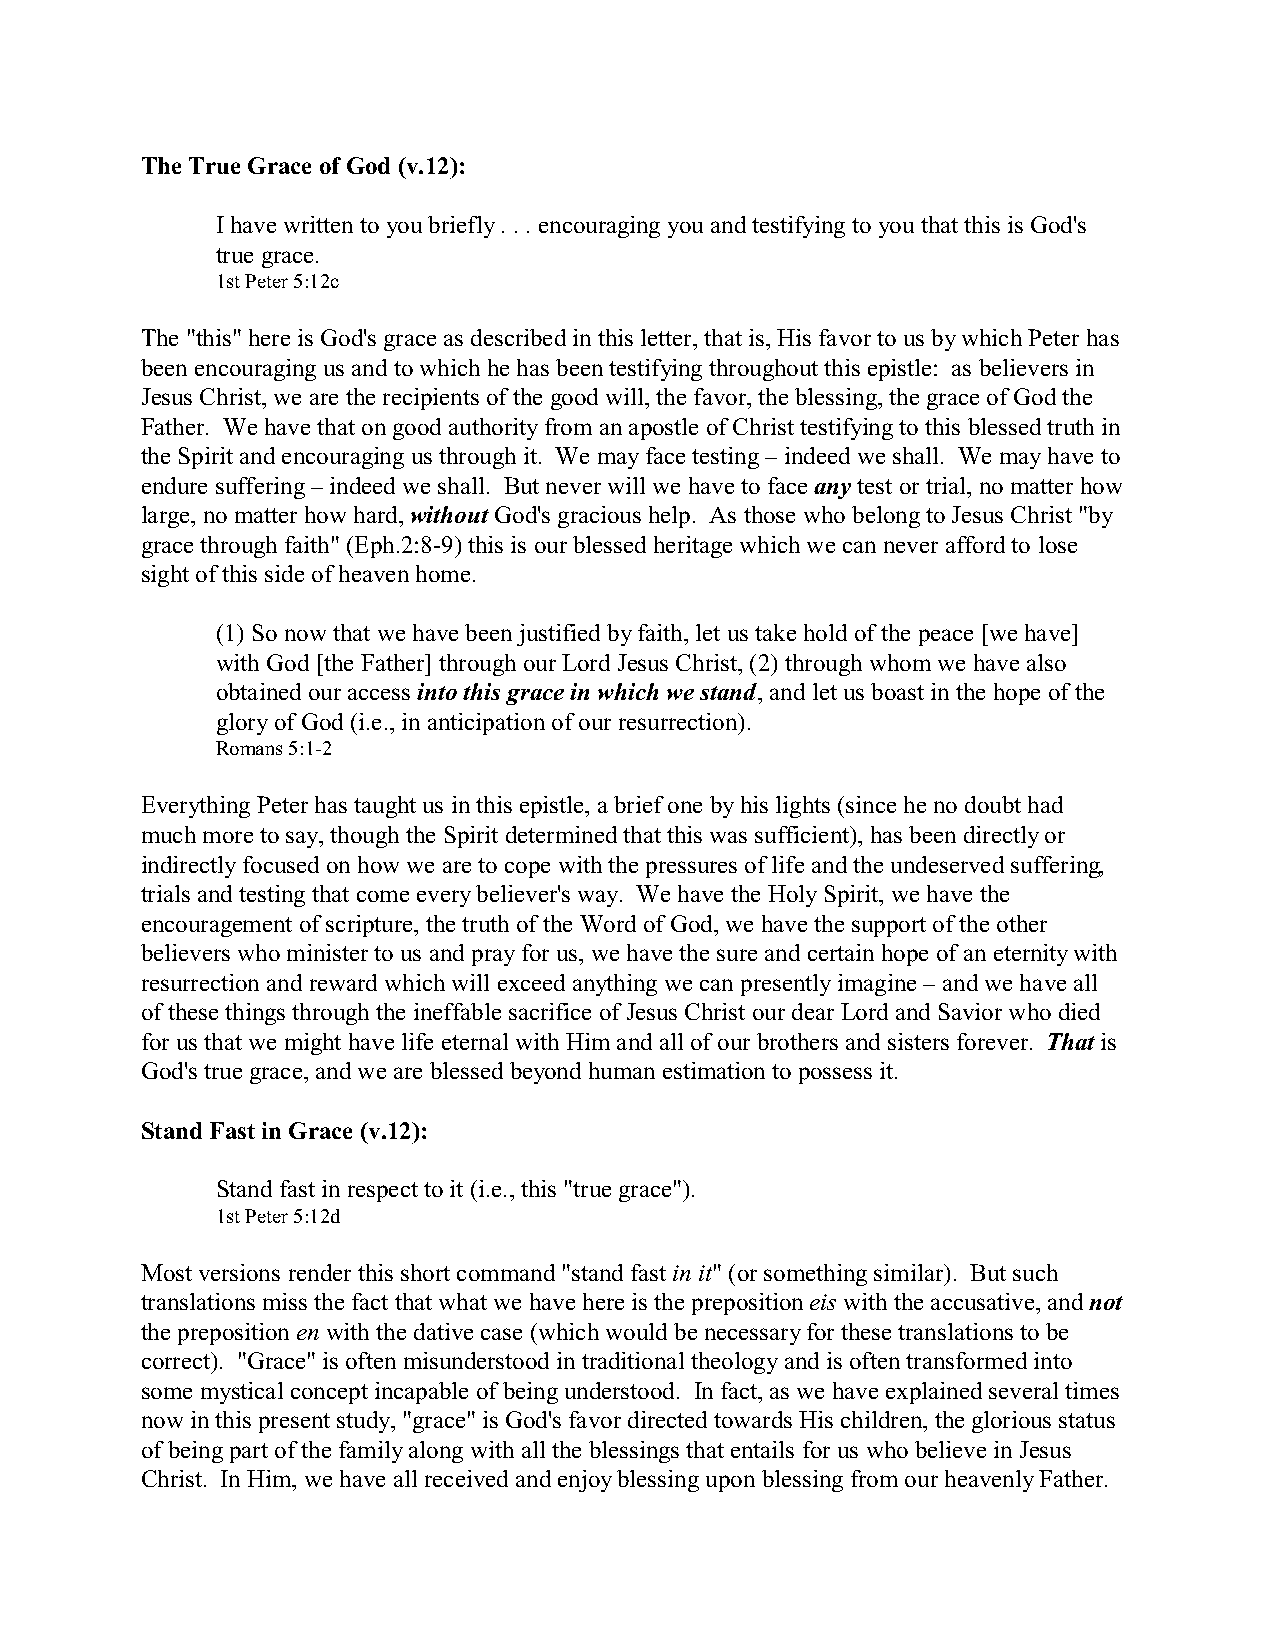
The True Grace of God (v.12):
 I have written to you briefly . . . encouraging you and testifying to you that this is God's
 true grace.
 1st Peter 5:12c
 The "this" here is God's grace as described in this letter, that is, His favor to us by which Peter has
 been encouraging us and to which he has been testifying throughout this epistle: as believers in
 Jesus Christ, we are the recipients of the good will, the favor, the blessing, the grace of God the
 Father. We have that on good authority from an apostle of Christ testifying to this blessed truth in
 the Spirit and encouraging us through it. We may face testing – indeed we shall. We may have to
 endure suffering – indeed we shall. But never will we have to face any test or trial, no matter how
 large, no matter how hard, without God's gracious help. As those who belong to Jesus Christ "by
 grace through faith" (Eph.2:8-9) this is our blessed heritage which we can never afford to lose
 sight of this side of heaven home.
 (1) So now that we have been justified by faith, let us take hold of the peace [we have]
 with God [the Father] through our Lord Jesus Christ, (2) through whom we have also
 obtained our access into this grace in which we stand, and let us boast in the hope of the
 glory of God (i.e., in anticipation of our resurrection).
 Romans 5:1-2
 Everything Peter has taught us in this epistle, a brief one by his lights (since he no doubt had
 much more to say, though the Spirit determined that this was sufficient), has been directly or
 indirectly focused on how we are to cope with the pressures of life and the undeserved suffering,
 trials and testing that come every believer's way. We have the Holy Spirit, we have the
 encouragement of scripture, the truth of the Word of God, we have the support of the other
 believers who minister to us and pray for us, we have the sure and certain hope of an eternity with
 resurrection and reward which will exceed anything we can presently imagine – and we have all
 of these things through the ineffable sacrifice of Jesus Christ our dear Lord and Savior who died
 for us that we might have life eternal with Him and all of our brothers and sisters forever. That is
 God's true grace, and we are blessed beyond human estimation to possess it.
 Stand Fast in Grace (v.12):
 Stand fast in respect to it (i.e., this "true grace").
 1st Peter 5:12d
 Most versions render this short command "stand fast in it" (or something similar). But such
 translations miss the fact that what we have here is the preposition eis with the accusative, and not
 the preposition en with the dative case (which would be necessary for these translations to be
 correct). "Grace" is often misunderstood in traditional theology and is often transformed into
 some mystical concept incapable of being understood. In fact, as we have explained several times
 now in this present study, "grace" is God's favor directed towards His children, the glorious status
 of being part of the family along with all the blessings that entails for us who believe in Jesus
 Christ. In Him, we have all received and enjoy blessing upon blessing from our heavenly Father.